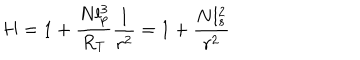
LaTeX: H = 1 + \frac { N l _ { p } ^ { 3 } } { R _ { T } } \frac { 1 } { r ^ { 2 } } = 1 + \frac { N l _ { s } ^ { 2 } } { r ^ { 2 } }